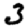
Digit: 3